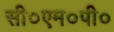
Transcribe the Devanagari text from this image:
सी०एम०पी०